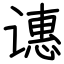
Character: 𬤝